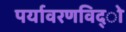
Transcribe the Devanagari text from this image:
पर्यावरणविद्ो